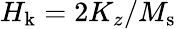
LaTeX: H_{\mathrm{k}}=2K_{z}/M_{\mathrm{s}}